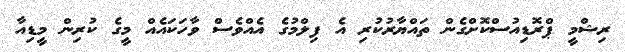
ރިޝްމީ ޕްރޮޑިއުސްކޮށްގެން ތައްޔާރުކުރި އެ ފިލްމުގެ އެއްވެސް ވާހަކައެއް މީގެ ކުރިން މީޑިއާ